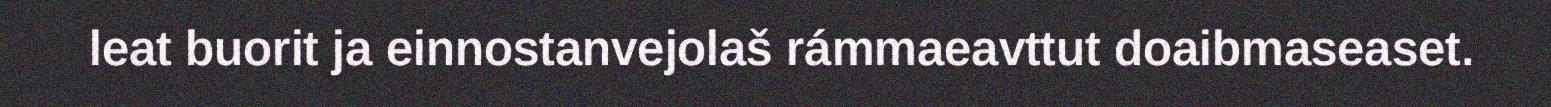
leat buorit ja einnostanvejolaš rámmaeavttut doaibmaseaset.